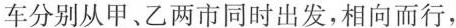
车分别从甲、乙两市同时出发，相向而行，